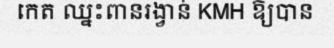
កេត ឈ្នះពានរង្វាន់ KMH ឱ្យបាន